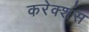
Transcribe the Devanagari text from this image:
करेक्शंस